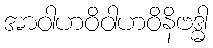
အာဝါဟဝိဝါဟဝိနိဗဒ္ဓါ